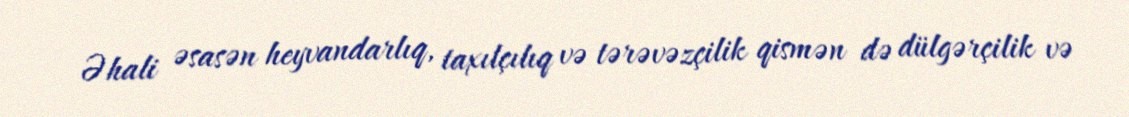
Əhali əsasən heyvandarlıq, taxılçılıq və tərəvəzçilik qismən də dülgərçilik və